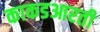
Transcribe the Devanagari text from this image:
काकडआरती